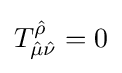
T_{{\hat {\mu }}{\hat {\nu }}}^{\hat {\rho }}=0